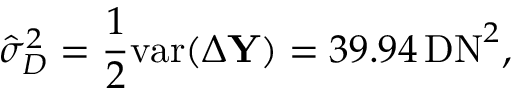
\hat { \sigma } _ { D } ^ { 2 } = \frac { 1 } { 2 } \mathrm { v a r } ( \Delta \mathbf Y ) = 3 9 . 9 4 \, \mathrm { D N } ^ { 2 } ,